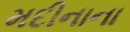
મદીનાના